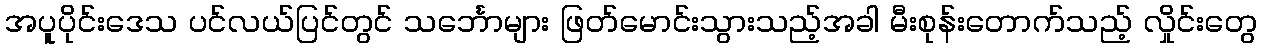
အပူပိုင်းဒေသ ပင်လယ်ပြင်တွင် သင်္ဘောများ ဖြတ်မောင်းသွားသည့်အခါ မီးစုန်းတောက်သည့် လှိုင်းတွေ